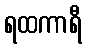
ရထကာရီ